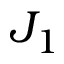
J _ { 1 }